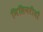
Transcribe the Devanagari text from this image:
मिसिनरीयौं